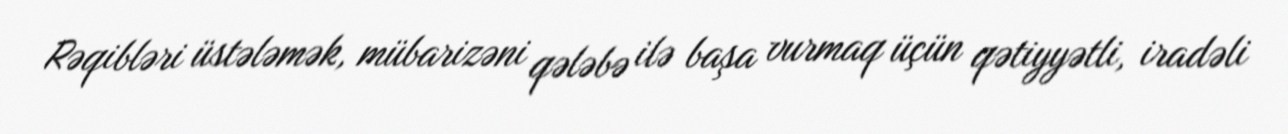
Rəqibləri üstələmək, mübarizəni qələbə ilə başa vurmaq üçün qətiyyətli, iradəli